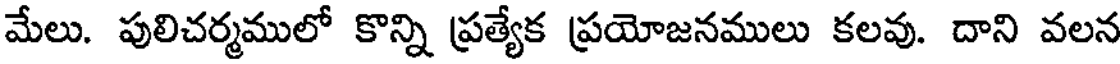
మేలు. పులిచర్మములో కొన్ని ప్రత్యేక ప్రయోజనములు కలవు. దాని వలన